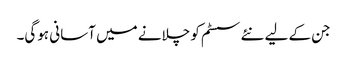
جن کے لیے نئے سسٹم کو چلانے میں آسانی ہوگی۔